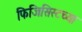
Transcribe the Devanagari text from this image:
फिजिसिस्टच्या